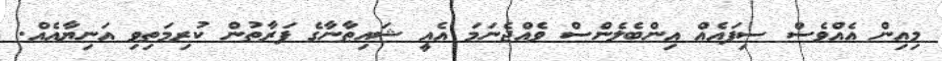
މިއިން އެއްވެސް ސިފައެއް އިންބެލެންސް ވެއްޖެނަމަ އެއީ ޝައިޠާނާގެ ފަރާތުން ކުރިމަތިވި އަނިޔާއެއް.